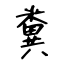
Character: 糞